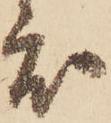
度